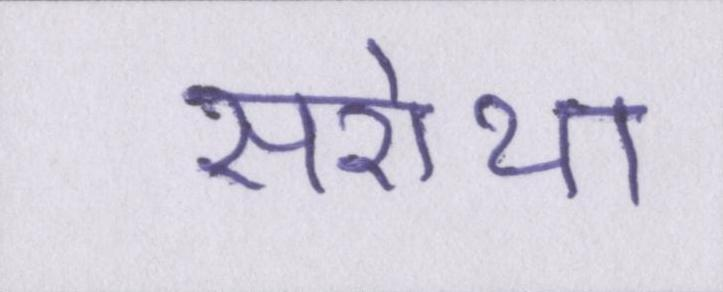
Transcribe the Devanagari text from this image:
सरोथा